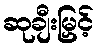
ဆုချီးမြှင့်